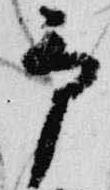
予